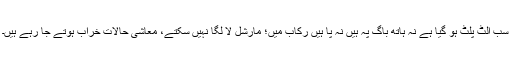
سب الٹ پلٹ ہو گیا ہے نہ ہاتھ باگ پہ ہیں نہ پا ہیں رکاب میں؛ مارشل لا لگا نہیں سکتے، معاشی حالات خراب ہوتے جا رہے ہیں۔